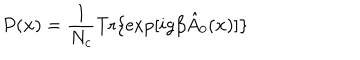
LaTeX: P ( { \bf x } ) = \frac 1 { N _ { c } } \mathrm { T r } \{ \exp [ i g \beta \hat { A } _ { 0 } ( { \bf x } ) ] \}